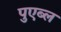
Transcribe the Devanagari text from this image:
पुएब्ल